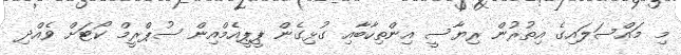
މި މައްސަލައިގެ އިތުރުން ރިޔާސީ އިންތިހާބާއި ގުޅިގެން ޕީޕީއެމްއިން ސުޕްރީމް ކޯޓަށް ވެއްދި